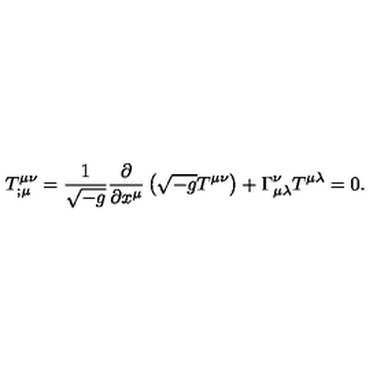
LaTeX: T _ { ; \mu } ^ { \mu \nu } = \frac { 1 } { \sqrt { - g } } \frac { \partial } { \partial x ^ { \mu } } \left( \sqrt { - g } T ^ { \mu \nu } \right) + \Gamma _ { \mu \lambda } ^ { \nu } T ^ { \mu \lambda } = 0 .